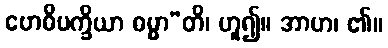
ဗောဓိပက္ခိယာ ဓမ္မာ”တိ၊ ဟူ၍။ အာဟ၊ ၏။